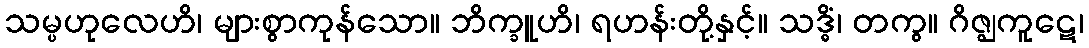
သမ္ပဟုလေဟိ၊ များစွာကုန်သော။ ဘိက္ခူဟိ၊ ရဟန်းတို့နှင့်။ သဒ္ဓိံ၊ တကွ။ ဂိဇ္ဈကူဋေ၊